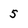
Character: 5